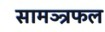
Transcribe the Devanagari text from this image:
सामञ्त्रफल